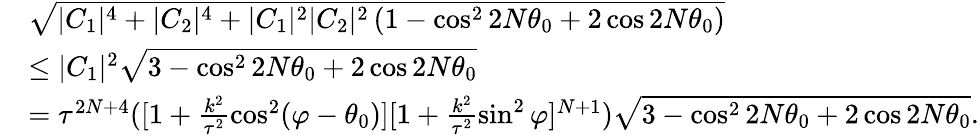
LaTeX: \begin{array}{rl}&{\sqrt{|C_{1}|^{4}+|C_{2}|^{4}+|C_{1}|^{2}|C_{2}|^{2}\left(1-\cos^{2}2N\theta_{0}+2\cos 2N\theta_{0}\right)}}\\ &{\leq|C_{1}|^{2}\sqrt{3-\cos^{2}2N\theta_{0}+2\cos 2N\theta_{0}}}\\ &{=\tau^{2N+4}([1+\frac{k^{2}}{\tau^{2}}\cos^{2}(\varphi-\theta_{0})][1+\frac{k^{2}}{\tau^{2}}\sin^{2}\varphi]^{N+1})\sqrt{3-\cos^{2}2N\theta_{0}+2\cos 2N\theta_{0}}.}\end{array}